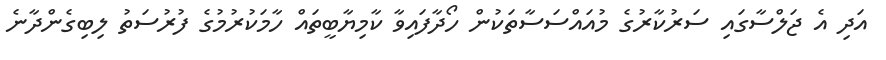
އަދި އެ ޖަލްސާގައި ސަރުކާރުގެ މުއައްސަސާތަކުން ހޯދާފައިވާ ކާމިޔާބީތައް ހާމަކުރުމުގެ ފުރުސަތު ލިބިގެންދާނެ